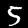
Label: 5